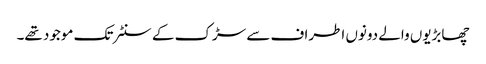
چھابڑیوں والے دونوں اطراف سے سڑک کے سنٹر تک موجود تھے۔